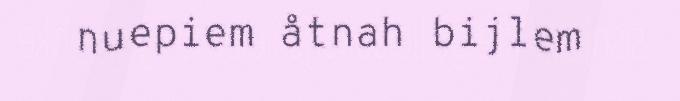
nuepiem åtnah bijlem